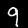
Digit: 9